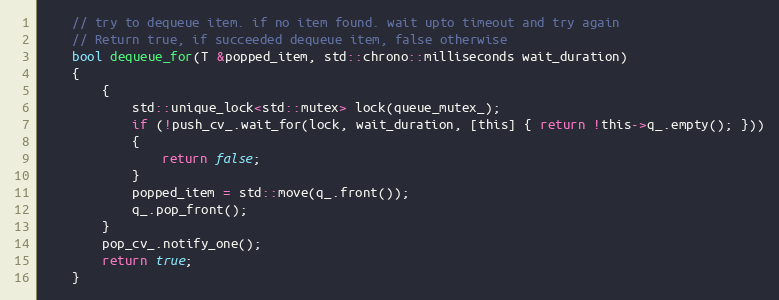
Language: C
    // try to dequeue item. if no item found. wait upto timeout and try again
    // Return true, if succeeded dequeue item, false otherwise
    bool dequeue_for(T &popped_item, std::chrono::milliseconds wait_duration)
    {
        {
            std::unique_lock<std::mutex> lock(queue_mutex_);
            if (!push_cv_.wait_for(lock, wait_duration, [this] { return !this->q_.empty(); }))
            {
                return false;
            }
            popped_item = std::move(q_.front());
            q_.pop_front();
        }
        pop_cv_.notify_one();
        return true;
    }